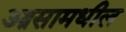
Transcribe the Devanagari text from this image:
आसामधील